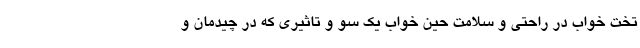
تخت خواب در راحتی و سلامت حین خواب یک سو و تاثیری که در چیدمان و